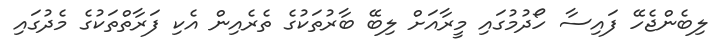
ލިބެންޖެހޭ ފައިސާ ހޯދުމުގައި މީރާއަށް ލިބޭ ބާރުތަކުގެ ތެރެއިން އެކި ފަރާތްތަކުގެ މެދުގައި